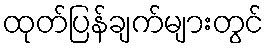
ထုတ်ပြန်ချက်များတွင်